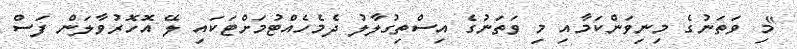
"މި ވަތަނުގެ މިނިވަންކަމާއި މި ވަތަނުގެ އިސްތިގުލާލު ދެމެހެއްޓުމަށްޓަކައި ލޭ އޮހޮރުވާލަން ފަސް